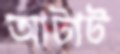
আটাট